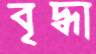
বৃদ্ধা